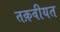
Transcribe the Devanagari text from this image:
तक़वीयत